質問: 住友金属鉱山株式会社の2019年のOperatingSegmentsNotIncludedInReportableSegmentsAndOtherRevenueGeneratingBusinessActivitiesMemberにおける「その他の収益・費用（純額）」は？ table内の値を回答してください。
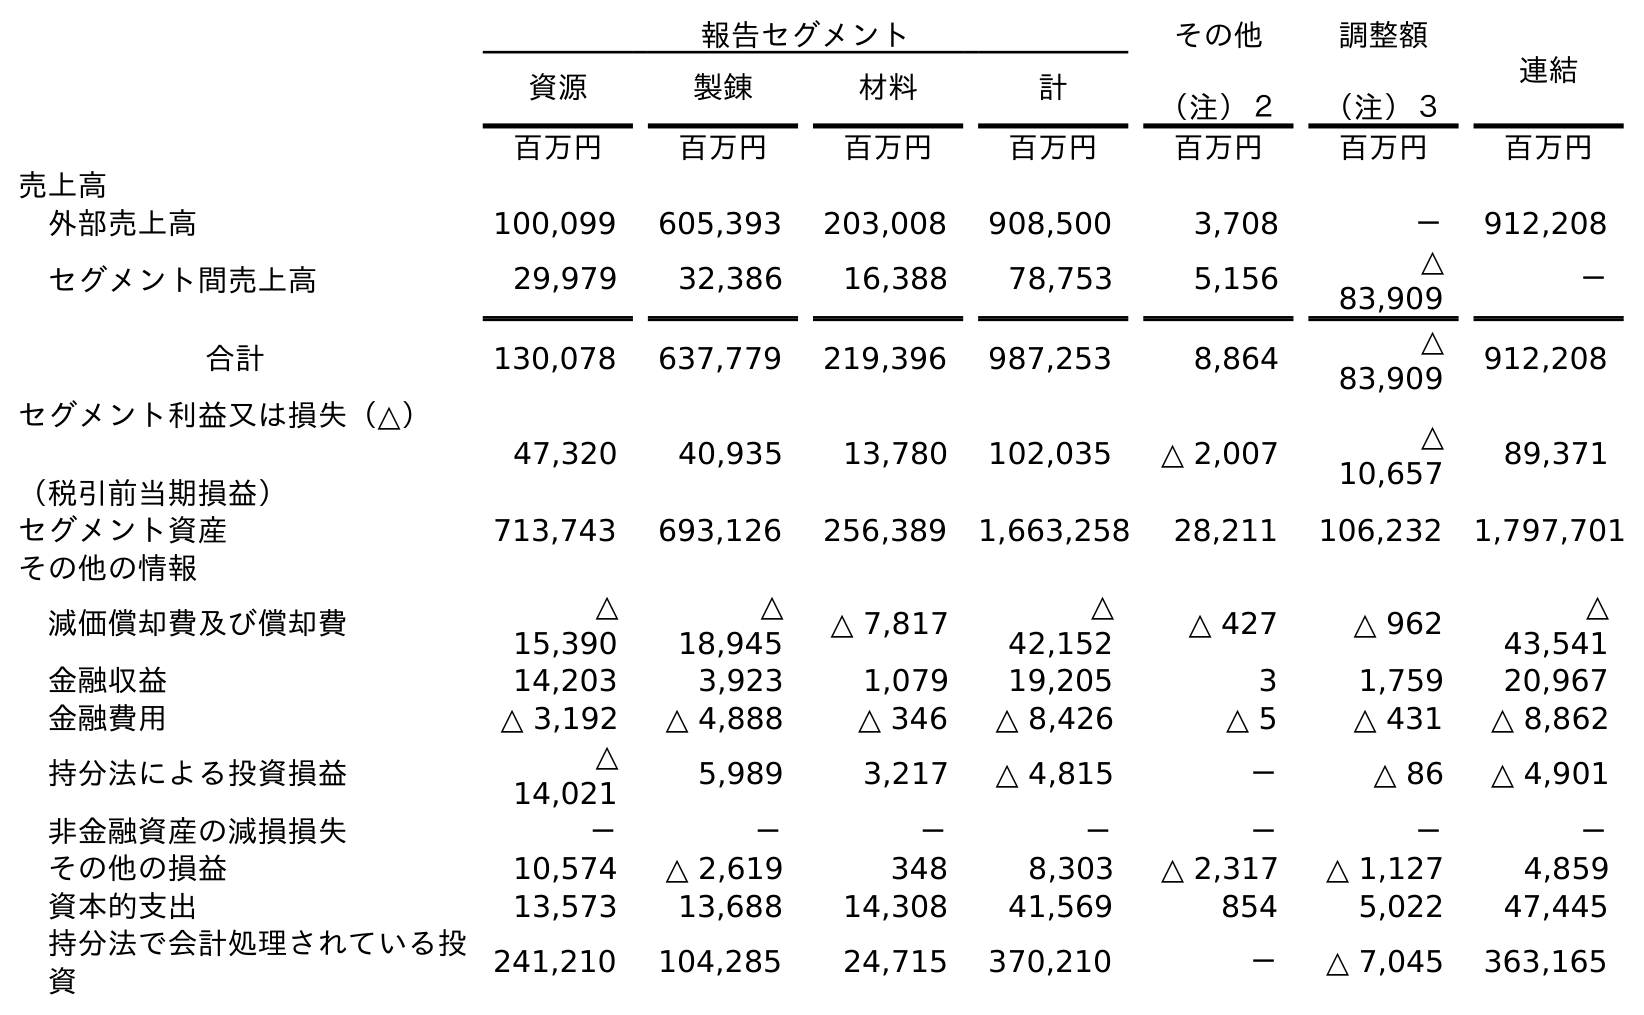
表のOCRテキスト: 報告セグメント その他 （注）２ 調整額 （注）３ 連結 資源 製錬 材料 計 百万円 百万円 百万円 百万円 百万円 百万円 百万円 売上高 外部売上高 100,099 605,393 203,008 908,500 3,708 － 912,208 セグメント間売上高 29,979 32,386 16,388 78,753 5,156 △ 83,909 － 合計 130,078 637,779 219,396 987,253 8,864 △ 83,909 912,208 セグメント利益又は損失（△） （税引前当期損益） 47,320 40,935 13,780 102,035 △ 2,007 △ 10,657 89,371 セグメント資産 713,743 693,126 256,389 1,663,258 28,211 106,232 1,797,701 その他の情報 減価償却費及び償却費 △ 15,390 △ 18,945 △ 7,817 △ 42,152 △ 427 △ 962 △ 43,541 金融収益 14,203 3,923 1,079 19,205 3 1,759 20,967 金融費用 △ 3,192 △ 4,888 △ 346 △ 8,426 △ 5 △ 431 △ 8,862 持分法による投資損益 △ 14,021 5,989 3,217 △ 4,815 － △ 86 △ 4,901 非金融資産の減損損失 － － － － － － － その他の損益 10,574 △ 2,619 348 8,303 △ 2,317 △ 1,127 4,859 資本的支出 13,573 13,688 14,308 41,569 854 5,022 47,445 持分法で会計処理されている投 資 241,210 104,285 24,715 370,210 － △ 7,045 363,165
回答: △2,317